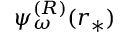
\psi _ { \omega } ^ { ( R ) } ( r _ { * } )